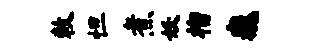
敕怛煮妖榴巍